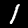
Label: 1